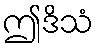
ဤဒိသံ